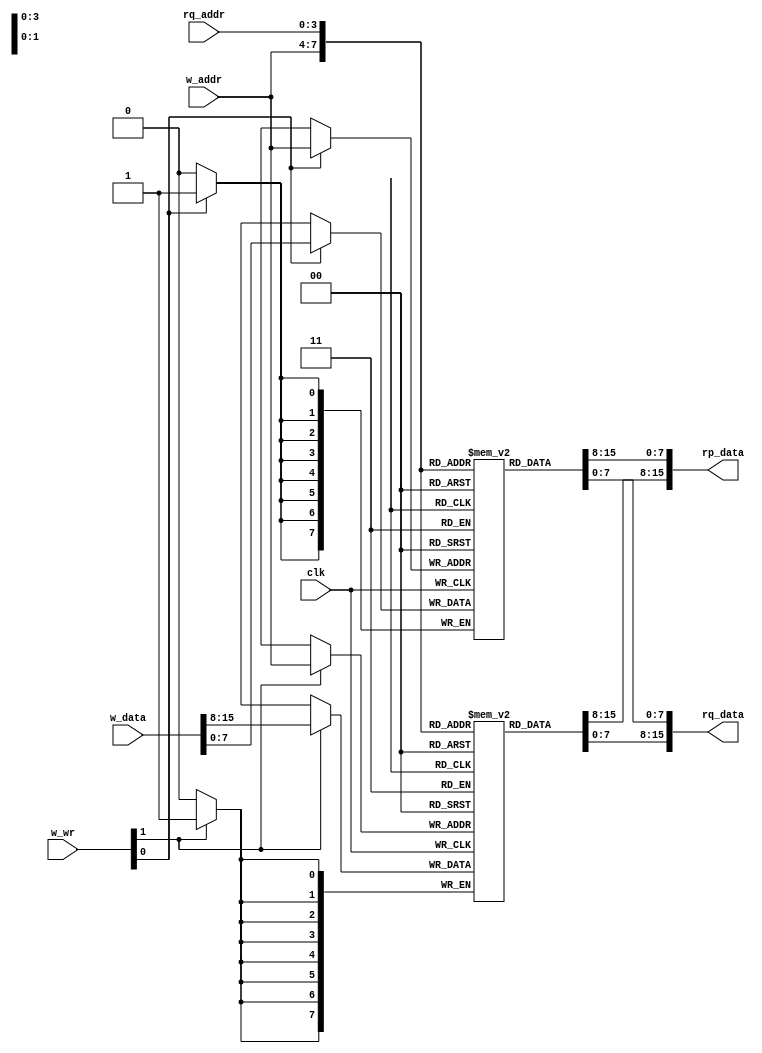
`timescale 1ns / 1ps
//////////////////////////////////////////////////////////////////////////////////
// 16 bit x 16 word 2 read, 1 write register file
// The block allows byte writes, and full word reads.
// The particular coding style follows Xilinx recommendations
// for inferring their internal RAM blocks during synthesis.
// Thus, edit with caution!
//
// Frank P. Higgins
//////////////////////////////////////////////////////////////////////////////////
module rf_16x16_2r1w(
    input clk,
    input [15:0] w_data,
    input [3:0] w_addr,
    input [1:0] w_wr,
    input [3:0] rq_addr,
    output [15:0] rp_data,
    output [15:0] rq_data
    );

	reg [7:0] q_regfile_lb [15:0];	// low byte
	reg [7:0] q_regfile_hb [15:0];	// high byte

	// synchronous logic
	always @(posedge clk) begin
		if (w_wr[0] == 1'b1) begin
			q_regfile_lb[w_addr] <= w_data[7:0];
		end
		if (w_wr[1] == 1'b1) begin
			q_regfile_hb[w_addr] <= w_data[15:8];
		end
	end

	// combine bytes
	assign rp_data = {q_regfile_hb[w_addr],q_regfile_lb[w_addr]};
	assign rq_data = {q_regfile_hb[rq_addr],q_regfile_lb[rq_addr]};

endmodule